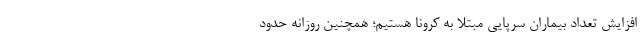
افزایش تعداد بیماران سرپایی مبتلا به کرونا هستیم؛ همچنین روزانه حدود